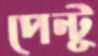
পেন্টু